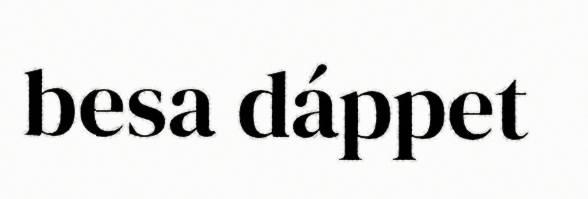
besa dáppet